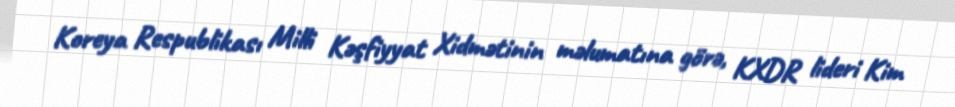
Koreya Respublikası Milli Kəşfiyyat Xidmətinin məlumatına görə, KXDR lideri Kim